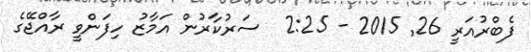
ފެބްރުއަރީ 26